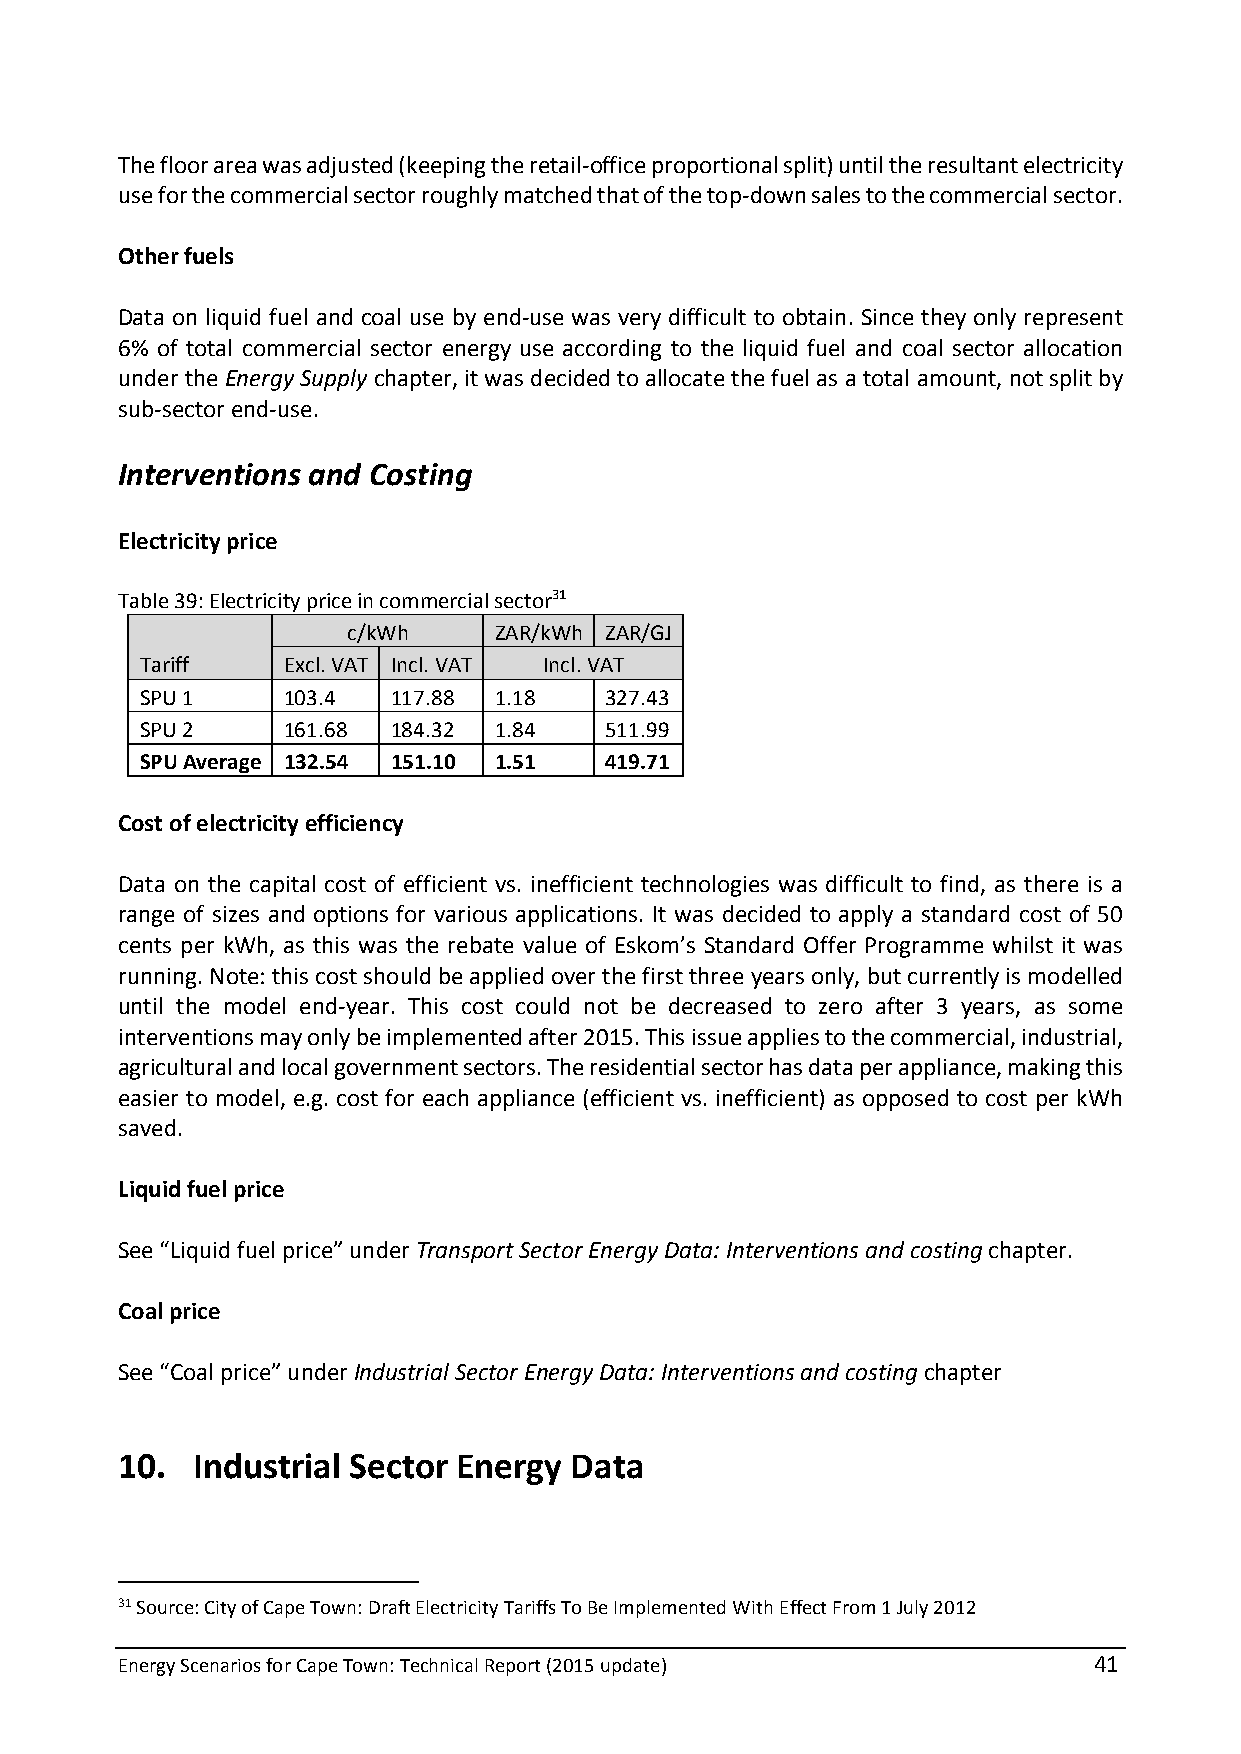
The floor area was adjusted (keeping the retail-office proportional split) until the resultant electricity
 use for the commercial sector roughly matched that of the top-down sales to the commercial sector.
 Other fuels
 Data on liquid fuel and coal use by end-use was very difficult to obtain. Since they only represent
 6% of total commercial sector energy use according to the liquid fuel and coal sector allocation
 under the Energy Supply chapter, it was decided to allocate the fuel as a total amount, not split by
 sub-sector end-use.
 Interventions and Costing
 Electricity price
 Table 39: Electricity price in commercial sector31
 c/kWh     ZAR/kWh ZAR/GJ
 Tariff    Excl. VAT Incl. VAT Incl. VAT
 SPU 1     103.4  117.88 1.18   327.43
 SPU 2     161.68 184.32 1.84   511.99
 SPU Average 132.54 151.10 1.51 419.71
 Cost of electricity efficiency
 Data on the capital cost of efficient vs. inefficient technologies was difficult to find, as there is a
 range of sizes and options for various applications. It was decided to apply a standard cost of 50
 cents per kWh, as this was the rebate value of Eskom’s Standard Offer Programme whilst it was
 running. Note: this cost should be applied over the first three years only, but currently is modelled
 until the model end-year. This cost could not be decreased to zero after 3 years, as some
 interventions may only be implemented after 2015. This issue applies to the commercial, industrial,
 agricultural and local government sectors. The residential sector has data per appliance, making this
 easier to model, e.g. cost for each appliance (efficient vs. inefficient) as opposed to cost per kWh
 saved.
 Liquid fuel price
 See “Liquid fuel price” under Transport Sector Energy Data: Interventions and costing chapter.
 Coal price
 See “Coal price” under Industrial Sector Energy Data: Interventions and costing chapter
 10.  Industrial Sector Energy Data
 31 Source: City of Cape Town: Draft Electricity Tariffs To Be Implemented With Effect From 1 July 2012
 Energy Scenarios for Cape Town: Technical Report (2015 update)  41